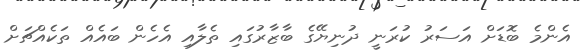
އެންމެ ބޮޑަށް އަސަރު ކުރަނީ ދުނިޔޭގެ ބާޒާރުގައި ތެލާއި އެހެން ބައެއް ތަކެއްޗަށް